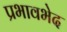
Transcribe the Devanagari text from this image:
प्रभावभेद